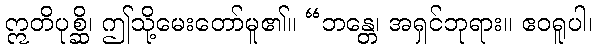
ဣတိပုစ္ဆိ၊ ဤသို့မေးတော်မူ၏။ “ဘန္တေ၊ အရှင်ဘုရား။ ဧဝရူပါ၊